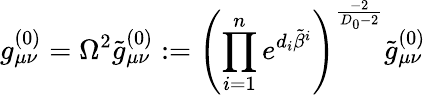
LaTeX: g_{\mu\nu}^{(0)}=\Omega^{2}\tilde{g}_{\mu\nu}^{(0)}:={\left(\prod_{i=1}^{n}e^{d_{i}\tilde{\beta}^{i}}\right)}^{\frac{-2}{D_{0}-2}}\tilde{g}_{\mu\nu}^{(0)}